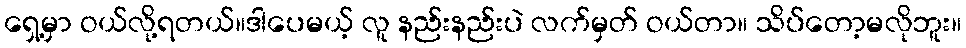
ရှေ့မှာ ဝယ်လို့ရတယ်။ဒါပေမယ့် လူ နည်းနည်းပဲ လက်မှတ် ဝယ်တာ။ သိပ်တော့မလိုဘူး။